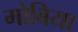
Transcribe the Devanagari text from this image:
मोबिया